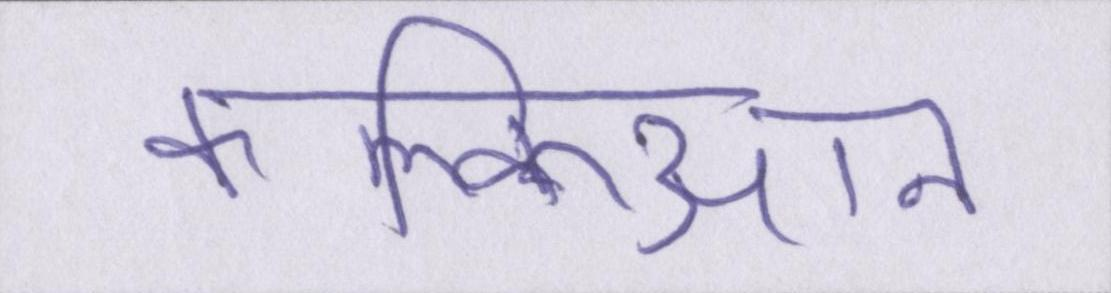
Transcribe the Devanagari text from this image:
कल्किआन